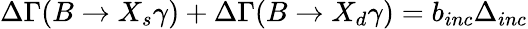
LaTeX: \Delta\Gamma(B\to X_{s}\gamma)+\Delta\Gamma(B\to X_{d}\gamma)=b_{inc}\Delta_{inc}